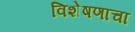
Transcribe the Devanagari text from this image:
विशेषणाचा